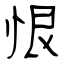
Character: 恨